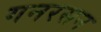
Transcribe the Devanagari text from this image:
गनरसन